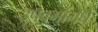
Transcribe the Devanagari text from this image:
उपवर्गामधे